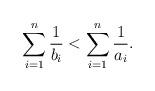
LaTeX: \begin{align*} \sum_{i=1}^{n} \frac{1}{b_i} < \sum_{i=1}^{n} \frac{1}{a_i}. \end{align*}